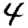
Digit: 4